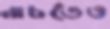
নাচতেও